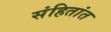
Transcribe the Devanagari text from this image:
संहितांत